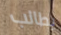
يطالب